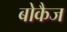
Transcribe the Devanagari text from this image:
बोकैज